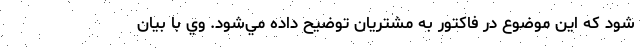
شود که اين موضوع در فاكتور به مشتریان توضيح داده مي‌شود. وي با بيان